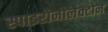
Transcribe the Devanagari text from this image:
स्पाइरोनोलैक्टोन